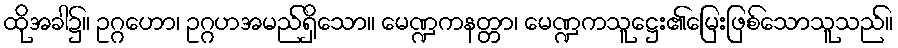
ထိုအခါ၌။ ဥဂ္ဂဟော၊ ဥဂ္ဂဟအမည်ရှိသော။ မေဏ္ဍကနတ္တာ၊ မေဏ္ဍကသူဋ္ဌေး၏မြေးဖြစ်သောသူသည်။